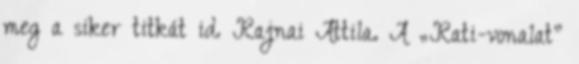
meg a siker titkát id. Rajnai Attila. A „Rati-vonalat”